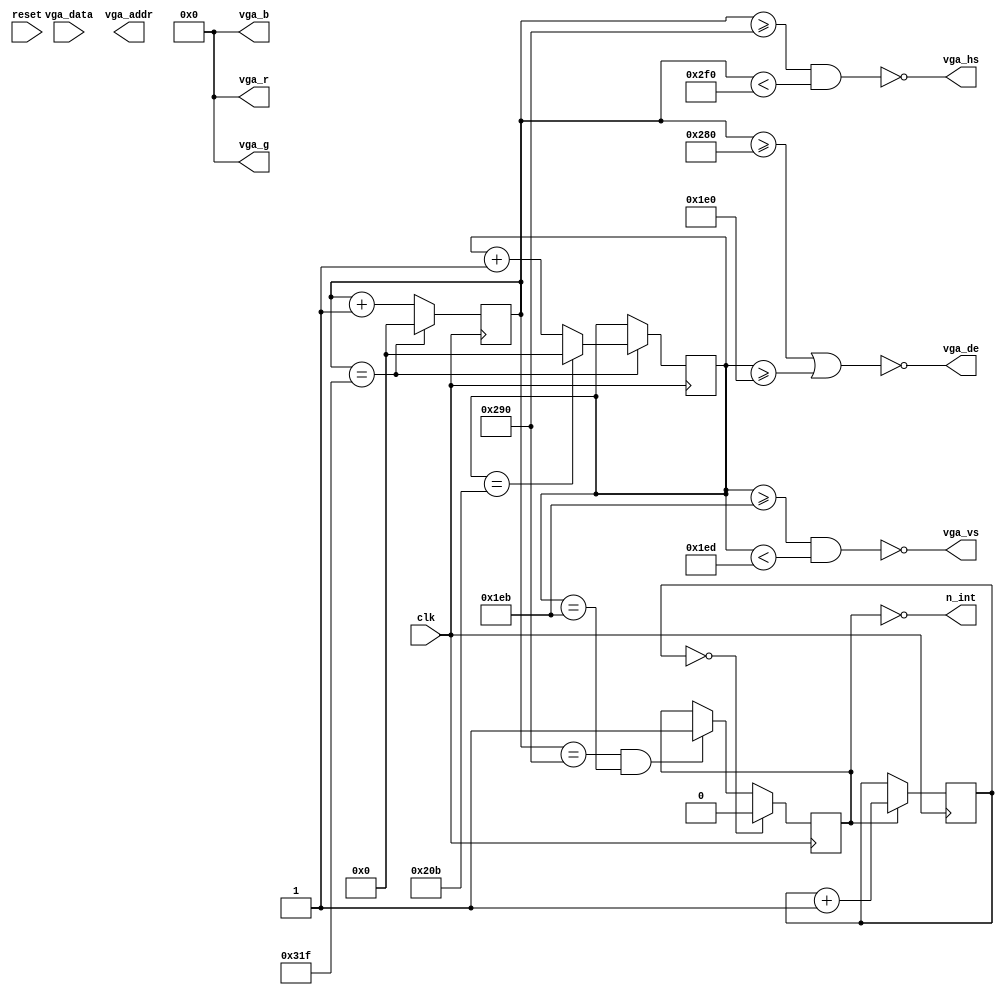
`default_nettype none
module video (
  input         clk,
  input         reset,
  output [7:0]  vga_r,
  output [7:0]  vga_b,
  output [7:0]  vga_g,
  output        vga_hs,
  output        vga_vs,
  output        vga_de,
  input  [7:0]  vga_data,
  output [12:0] vga_addr,
  output        n_int
);

  parameter HA = 640;
  parameter HS  = 96;
  parameter HFP = 16;
  parameter HBP = 48;
  parameter HT  = HA + HS + HFP + HBP;
  parameter HB = 64;
  parameter HB2 = HB/2-8; // NOTE pixel coarse H-adjust
  parameter HDELAY = 3; // NOTE pixel fine H-adjust
  parameter HB_ADJ = 4; // NOTE border H-adjust

  parameter VA = 480;
  parameter VS  = 2;
  parameter VFP = 11;
  parameter VBP = 31;
  parameter VT  = VA + VS + VFP + VBP;
  parameter VB = 48;
  parameter VB2 = VB/2;

  reg [9:0] hc = 0;
  reg [9:0] vc = 0;
  reg INT = 0;
  reg[5:0] intCnt = 1;

  assign n_int = !INT;

  always @(posedge clk) begin
    if (hc == HT - 1) begin
      hc <= 0;
      if (vc == VT - 1) vc <= 0;
      else vc <= vc + 1;
    end else hc <= hc + 1;
    if (hc == HA + HFP && vc == VA + VFP) begin
      INT <= 1;
    end
    if (INT) intCnt <= intCnt + 1;
    if (!intCnt) INT <= 0;
  end

  assign vga_hs = !(hc >= HA + HFP && hc < HA + HFP + HS);
  assign vga_vs = !(vc >= VA + VFP && vc < VA + VFP + VS);
  assign vga_de = !(hc >= HA || vc >= VA);

  wire [7:0] x = hc[9:1] - HB2;
  wire [7:0] y = vc[9:1] - VB2;

  wire h_border = (hc < (HB + HB_ADJ) || hc >= (HA - HB + HB_ADJ));
  wire v_border = (vc < VB || vc >= VA - VB);
  wire border = h_border || v_border;

  wire pixel = 0;

  wire [7:0] red = 0;
  wire [7:0] green = 0;
  wire [7:0] blue = 0;

  assign vga_r = !vga_de ? 4'b0 : red;
  assign vga_g = !vga_de ? 4'b0 : green;
  assign vga_b = !vga_de ? 4'b0 : blue;

endmodule